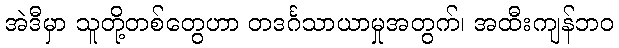
အဲဒီမှာ သူတို့တစ်တွေဟာ တဒင်္ဂသာယာမှုအတွက်၊ အထီးကျန်ဘဝ